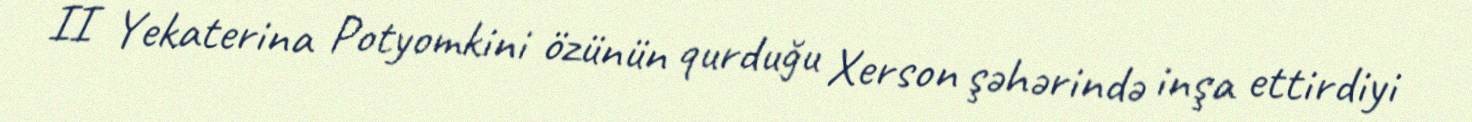
II Yekaterina Potyomkini özünün qurduğu Xerson şəhərində inşa ettirdiyi